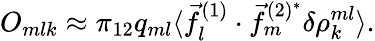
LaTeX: O_{mlk}\approx\pi_{12}q_{ml}\langle\vec{f}_{l}^{(1)}\cdot\vec{f}_{m}^{(2)^{*}}\delta\rho_{k}^{ml}\rangle.